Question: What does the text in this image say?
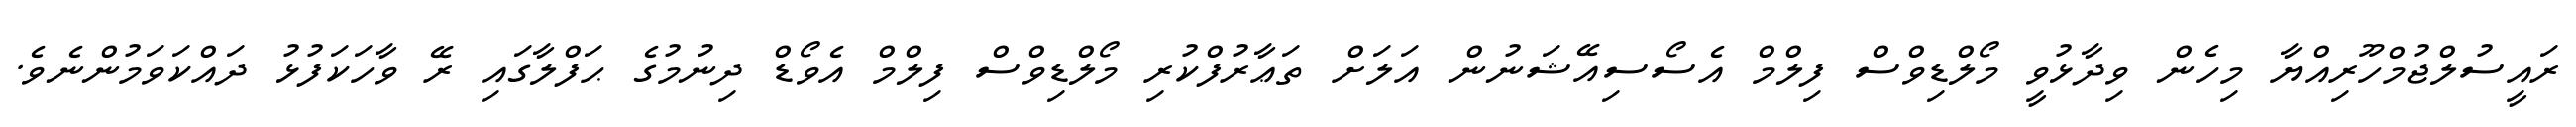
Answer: ރައީސުލްޖުމްހޫރިއްޔާ މިހެން ވިދާޅުވީ މޯލްޑިވްސް ފިލްމް އެސޯސިއޭޝަނުން އަލަށް ތަޢާރުފްކުރި މޯލްޑިވްސް ފިލްމް އެވޯޑް ދިނުމުގެ ޙަފްލާގައި ރޭ ވާހަކަފުޅު ދައްކަވަމުންނެވެ.